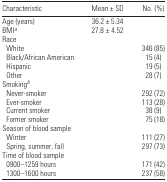
<table><thead><tr><td><b>Characteristic</b></td><td><b>Mean ± SD</b></td><td><b>No. (%)</b></td></tr></thead><tbody><tr><td>Age (years)</td><td>36.2 ± 5.34</td><td></td></tr><tr><td>BMIa</td><td>27.8 ± 4.52</td><td></td></tr><tr><td>Race</td><td></td><td></td></tr><tr><td> White</td><td></td><td>346 (85)</td></tr><tr><td> Black/African American</td><td></td><td>15 (4)</td></tr><tr><td> Hispanic</td><td></td><td>19 (5)</td></tr><tr><td> Other</td><td></td><td>28 (7)</td></tr><tr><td>Smokingb</td><td></td><td></td></tr><tr><td> Never-smoker</td><td></td><td>292 (72)</td></tr><tr><td> Ever-smoker</td><td></td><td>113 (28)</td></tr><tr><td> Current smoker</td><td></td><td>38 (9)</td></tr><tr><td> Former smoker</td><td></td><td>75 (18)</td></tr><tr><td>Season of blood sample</td><td></td><td></td></tr><tr><td> Winter</td><td></td><td>111 (27)</td></tr><tr><td> Spring, summer, fall</td><td></td><td>297 (73)</td></tr><tr><td>Time of blood sample</td><td></td><td></td></tr><tr><td> 0900–1259 hours</td><td></td><td>171 (42)</td></tr><tr><td> 1300–1600 hours</td><td></td><td>237 (58)</td></tr></tbody></table>